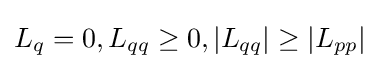
L_{q}=0,L_{qq}\geq 0,|L_{qq}|\geq |L_{pp}|